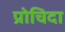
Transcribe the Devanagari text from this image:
प्रोचिदा